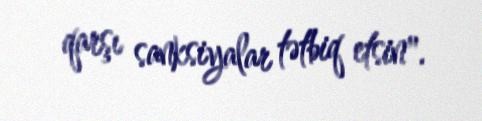
qarşı sanksiyalar tətbiq etsin".